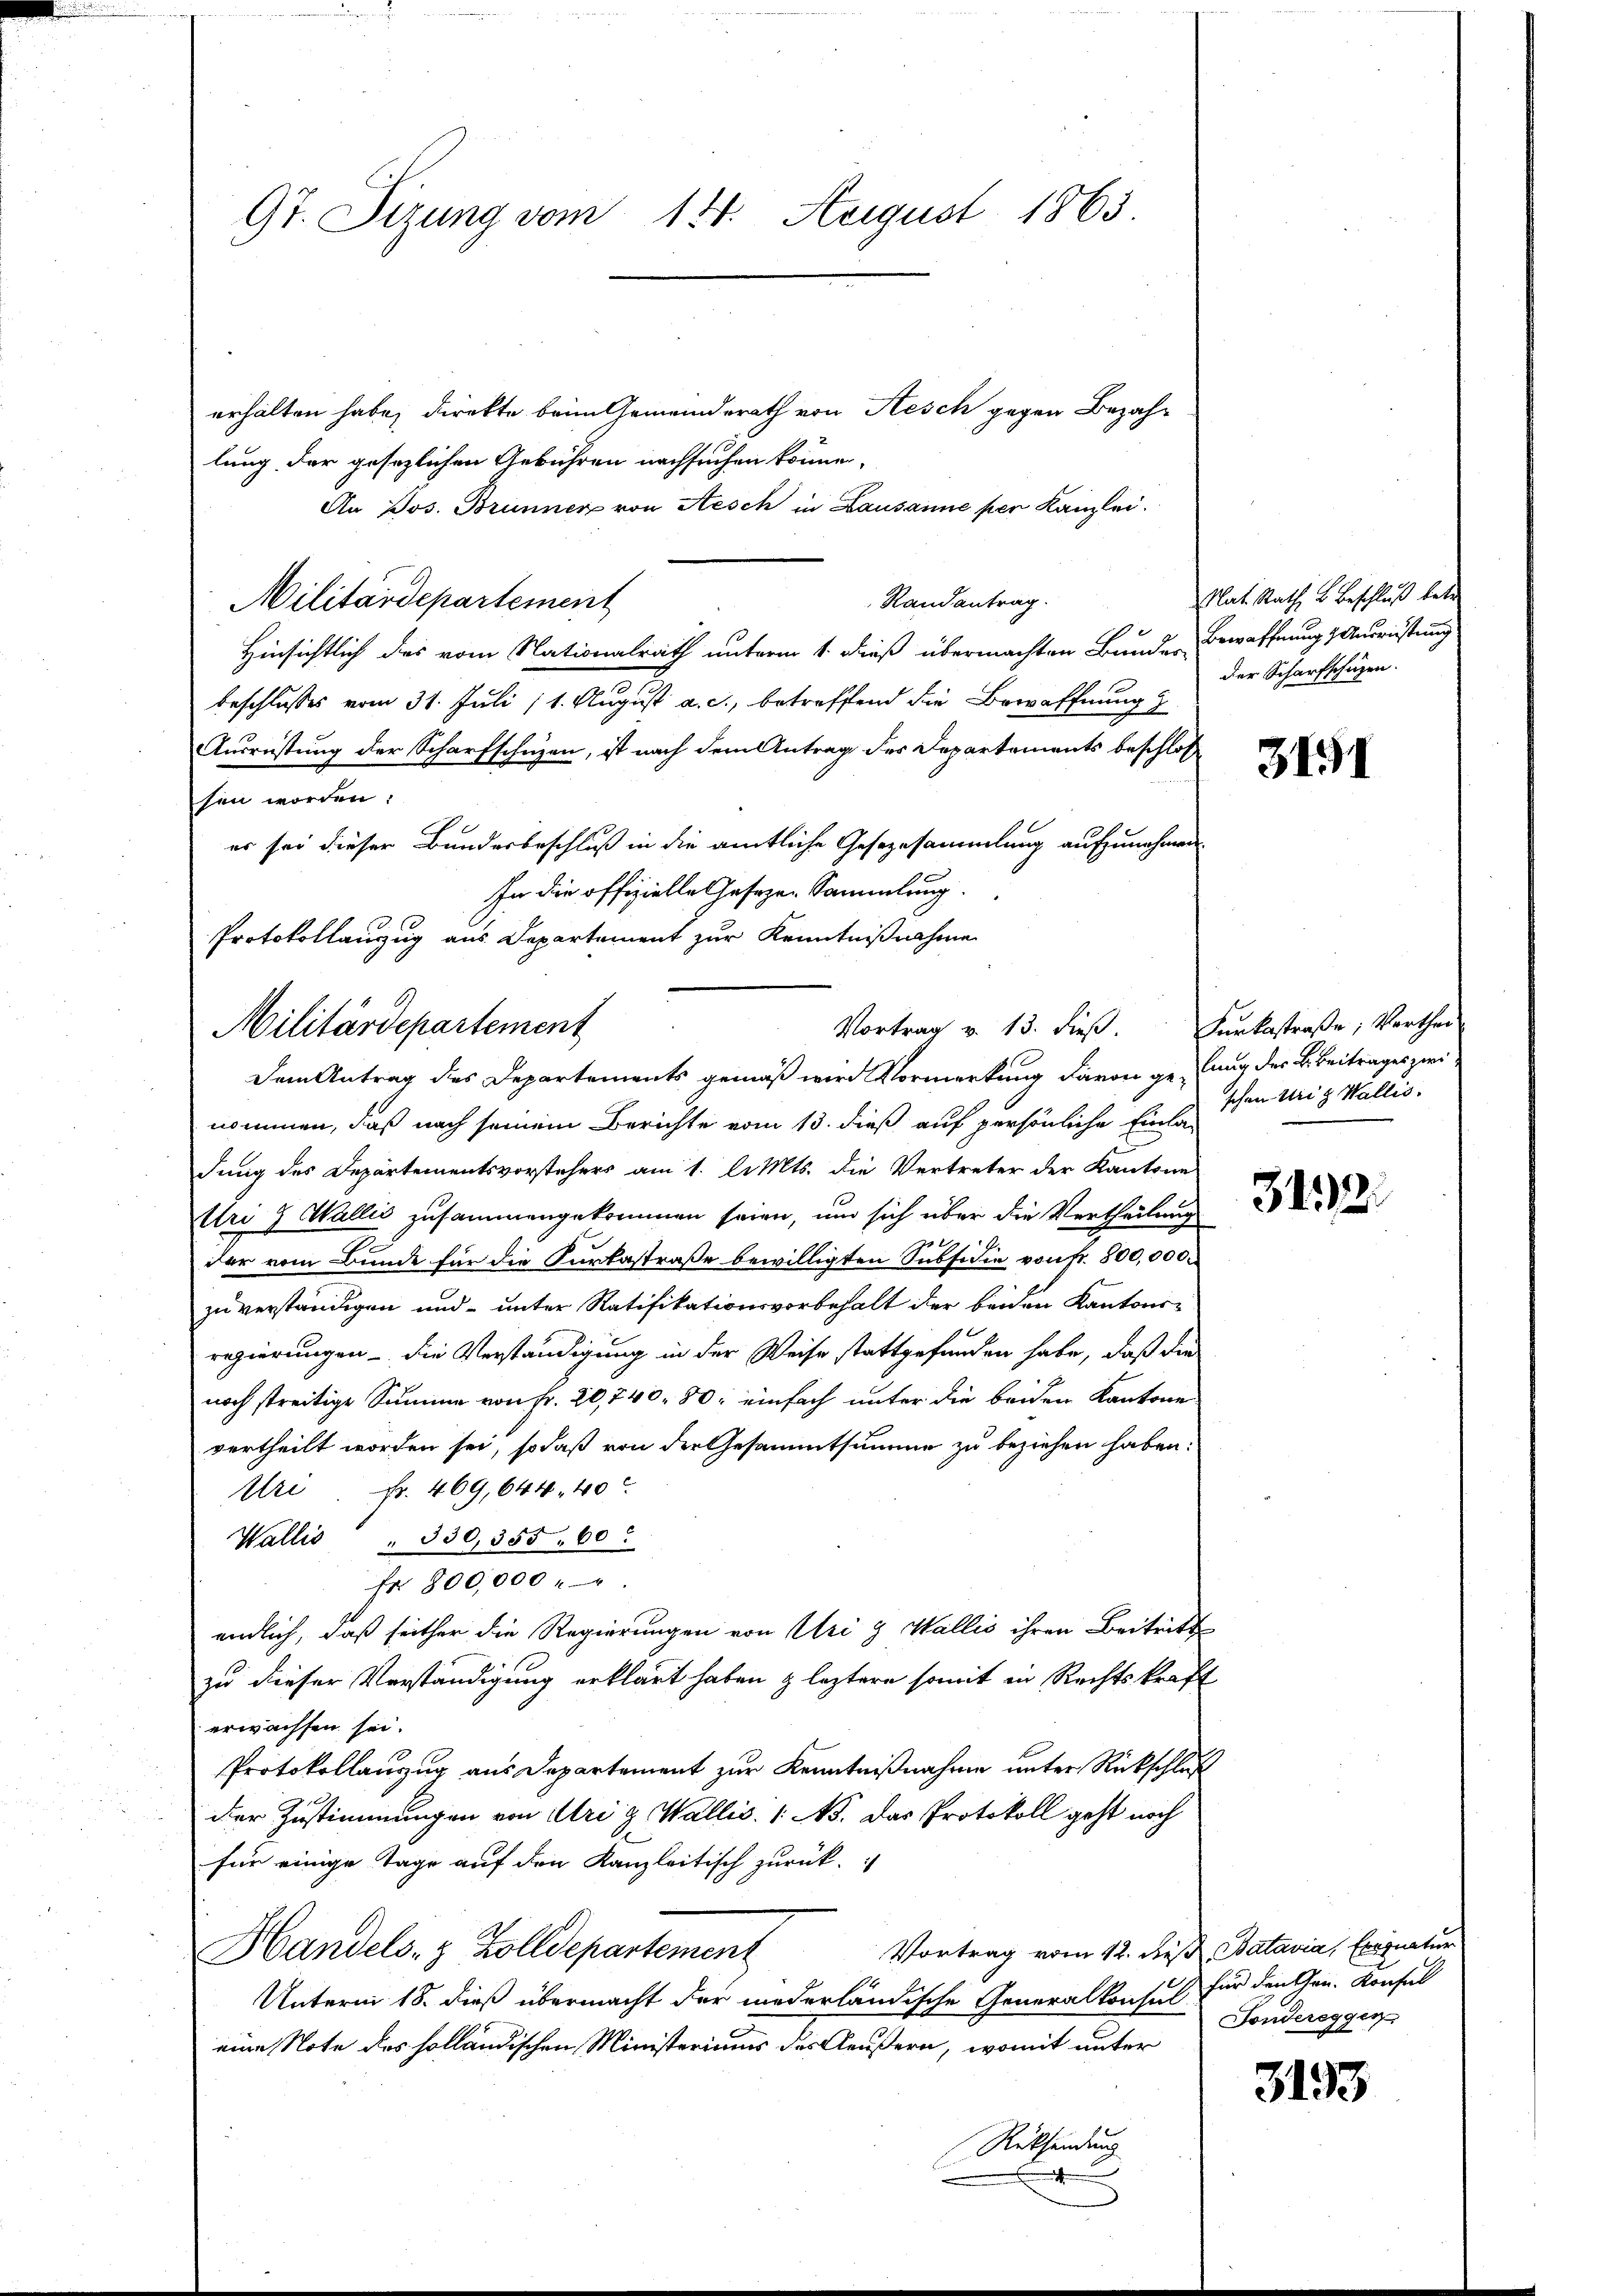
9t. Sizung vom 14. August 1863

erhalten habe, direkte beim Gemeinderath von Nesch gegen Bezah-
lung, der gesezlichen Gebühren nachsuchen könne,
An Jos. Brunner von Aesch in Lausanne per Kanzlei.
Militärdepartement
e
beschlusses vom 31. Juli 11. August a. c., betreffend die Bewaffnung z
Ausrüstung der Scharfschützen, ist nach dem Antrag des Departements beschloß
sen worden:
er sei dieser Bundesbeschluß in die amtliche Gesezesammlung aufzunehmen
In die offizielle Gesezen Sammlung.
Protokollanzug aus Departement zur Kenntnißnahme

Hinsichtlich des vom Nationalrath unterm 1. dieß übermachten Bunde Bewaffnung & Ausrüstung

Vortrag v. 13. dieß. Furkastraße, Verthei
Militärdepartement

Randantrag.

Nat. Rath u. Beschluß betre
der Scharfschüzen.

Dem Antrag des Departements gemäß wird Vormerkung davon gelung der B. Beitrages zwei-
nommen, daß nach seinem Berichte vom 13. dieß auf persönliche Einladung des Departementsvorstehers am 1. l. Mts. die Vertreter der Kantone
Uri 9 Wallis zusammengekommen seien, um sich über die Vertheilung
der vom Bunde für die Curtastraße bewilligten Subsidie von Fr. 800,000.
zu verständigen und unter Ratifikationsvorbehalt der beiden Kantons-
regierungen - die Verständigung in der Weise stattgefunden habe, daß die
noch streitige Summe von Fr. 20, 740. 80, einfach unter die beiden Kantone
vertheilt worden sei, sodaß von der Gesammtsumme zu beziehen haben:
Uri Nr. 469,644. 40
Wallis " 330, 355. 60
Fr. 800,000
endlich, daß seither die Regierungen von Uri & Wallis ihren Beitritt
zu dieser Verständigung erklärt haben leztere somit in Rechtskraft
erwachsen sei.
Protokollauszug aus Departement zur Kenntnißnahme unter Rückschluß
der Zustimmungen von Uri z. Wallis. 1. No. Das Protokoll geht noch
für einige Tage auf den Kanzleitisch zurück.
Vortrag vom 12. des Batavia, Exequatur
Handels- & Zolldepartement
Unterm 18. dieß übermacht der niederländische Generalkonsul
eine Note des holländischen Ministeriums des Aeußern, womit unter
Rücksendung
e

3151

schen Ursy Wallis.

312.

für den Gen. Konfel
Fondereggen

3193